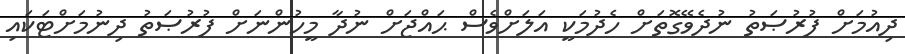
ދިއުމަށް ފުރުޞަތު ނުދެވޭގޮތަށް ހެދުމަކީ އަލަށްވެސް ޙައްޖަށް ނުދާ މީހުންނަށް ފުރުޞަތު ދިނުމަށްޓަކައި